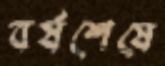
বর্ষশেষে